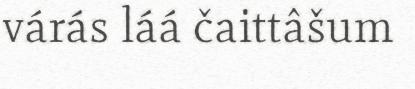
várás láá čaittâšum